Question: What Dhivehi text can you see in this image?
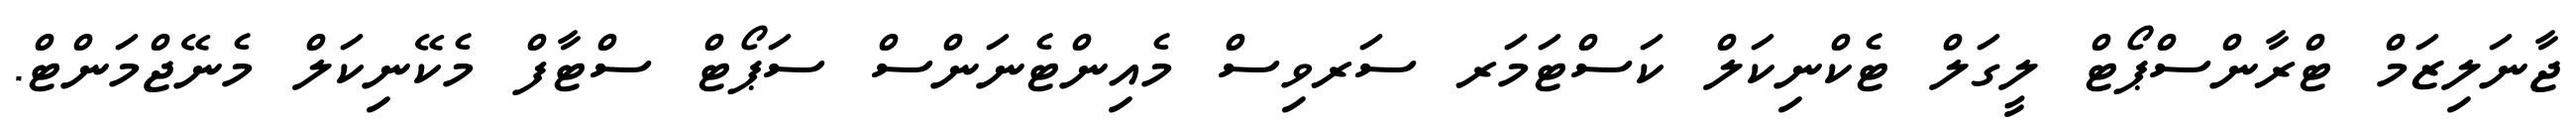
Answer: ޖާނަލިޒަމް ޓްރާންސްޕޯޓް ލީގަލް ޓެކްނިކަލް ކަސްޓަމަރ ސަރވިސް މެއިންޓެނަންސް ސަޕޯޓް ސްޓާފް މެކޭނިކަލް މެނޭޖްމަންޓް.